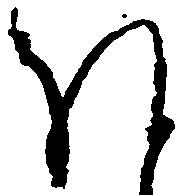
ほ